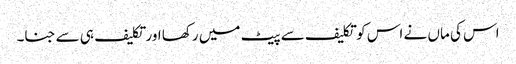
اس کی ماں نے اس کو تکلیف سے پیٹ میں رکھا اور تکلیف ہی سے جنا۔